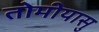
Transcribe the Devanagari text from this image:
तोमीयासु